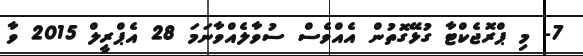
7- މި ޕްރޮޖެކްޓާ ގުޅޭގޮތުން އެއްވެސް ސުވާލެއްވާނަމަ 28 އެޕްރީލް 2015 ވާ